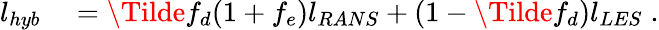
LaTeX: \begin{array}{rl}{l_{hyb}}&{{}=\Tilde{f}_{d}(1+f_{e})l_{RANS}+(1-\Tilde{f}_{d})l_{LES}\; .}\end{array}